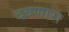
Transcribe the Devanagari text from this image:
दबणारा